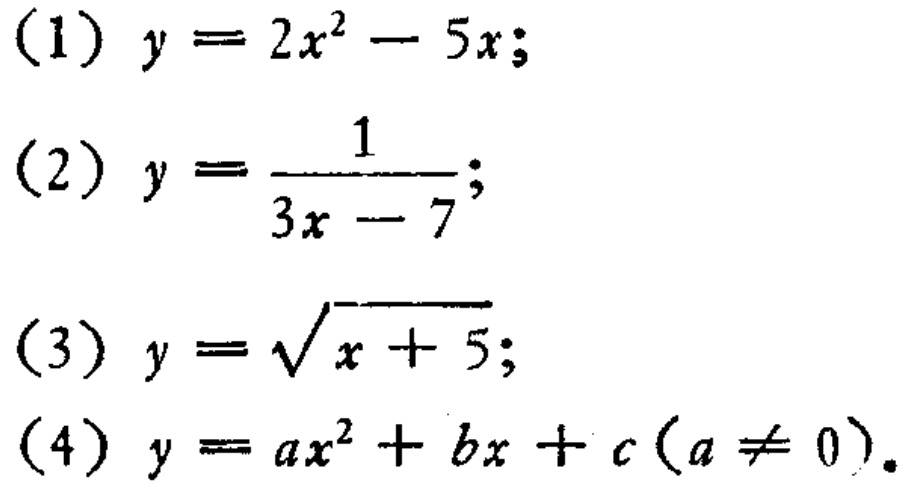
(1) \(y = 2x^{2}-5x\);

(2) \(y=\frac{1}{3x - 7}\);

(3) \(y=\sqrt{x + 5}\);

(4) \(y = ax^{2}+bx + c(a\neq0)\).